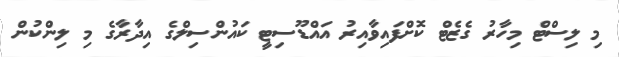
މި ލިސްޓް މިހާރު ގެޒެޓް ކޮށްފައިވާއިރު އައްޑޫސިޓީ ކައުންސިލްގެ އިދާރާގެ މި ލިންކުން